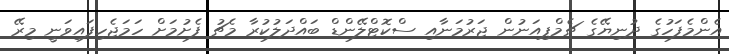
އެންމެފަހުގެ ދުނިޔޭގެ ޗެމްޕިއަނުން ޖަރުމަނާއި ސްކޮޓްލޭންޑް ބައްދަލުކުރާ މެޗު ފެށުމަށް ހަމަޖެހިފައިވަނީ މިރޭ